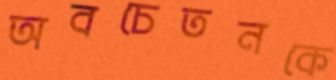
অবচেতনকে